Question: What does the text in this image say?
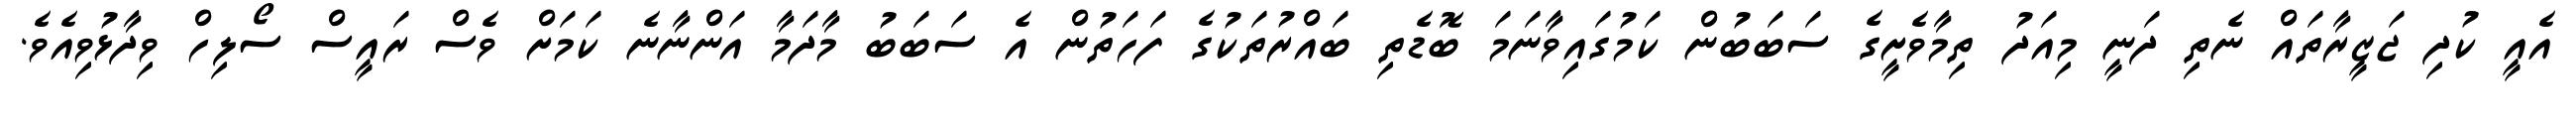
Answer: އެއީ ކުދި ޖަޒީރާތައް ނެތި ދަނީ މިއަދު ތިމާވެށީގެ ސަބަބުން ކަމުގައިވާނަމަ ބޮޑެތި ބައްރުތަކުގެ ފަހަތުން އެ ސަބަބު މާދަމާ އަންނާނެ ކަމަށް ވެސް ރައީސް ސޯލިހް ވިދާޅުވިއެވެ.